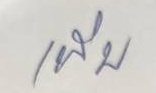
เพิ่ม